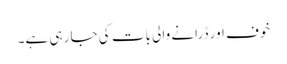
خوف اور ڈرانے والی بات کی جا رہی ہے۔